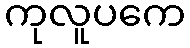
ကုလူပကေ